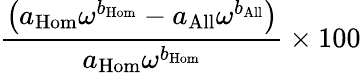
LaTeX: \displaystyle\frac{\left(a_{\mathrm{Hom}}\omega^{b_{\mathrm{Hom}}}-a_{\mathrm{All}}\omega^{b_{\mathrm{All}}}\right)}{a_{\mathrm{Hom}}\omega^{b_{\mathrm{Hom}}}}\times 100